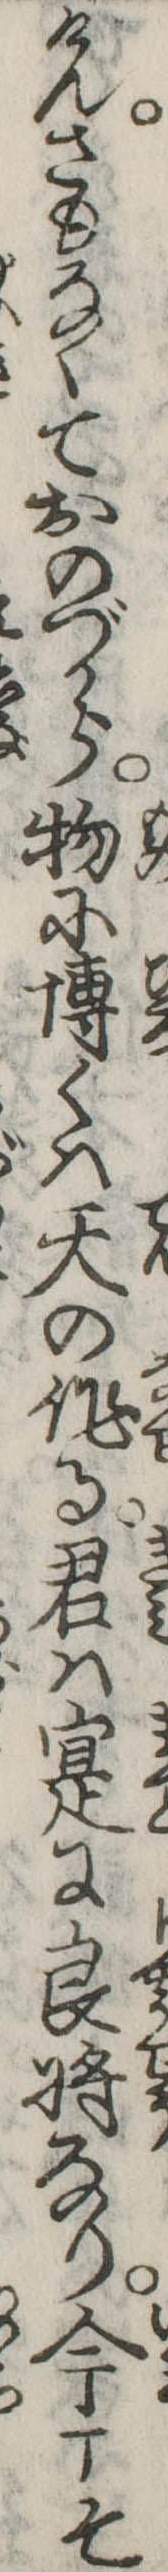
けんさもなくておのづから物に博くは天の作る君は寔に良将なり今こそ